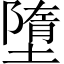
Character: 墮